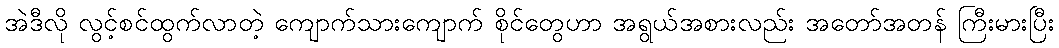
အဲဒီလို လွင့်စင်ထွက်လာတဲ့ ကျောက်သားကျောက် စိုင်တွေဟာ အရွယ်အစားလည်း အတော်အတန် ကြီးမားပြီး